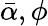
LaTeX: \bar{\alpha},\phi